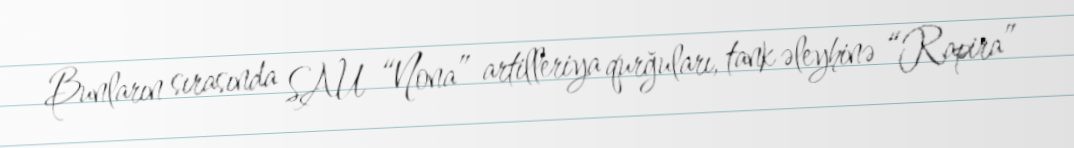
Bunların sırasında SAU “Nona” artilleriya qurğuları, tank əleyhinə “Rapira”